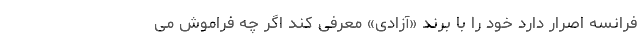
فرانسه اصرار دارد خود را با برند «آزادی» معرفی کند اگر چه فراموش می